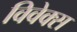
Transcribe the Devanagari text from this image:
विवेक्स